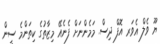
ޔޫ ވެލް އެވަރ އޮފް ދިސް. މަމެންނަށް ފެނެއޭ މިޒާތުގެ ކިތަންމެ ސީން